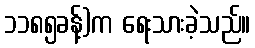
၁၁၈၅ခန့်)က ရေးသားခဲ့သည်။